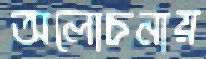
অলোচনায়